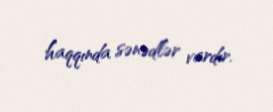
haqqında sənədlər vardır.